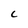
Character: c